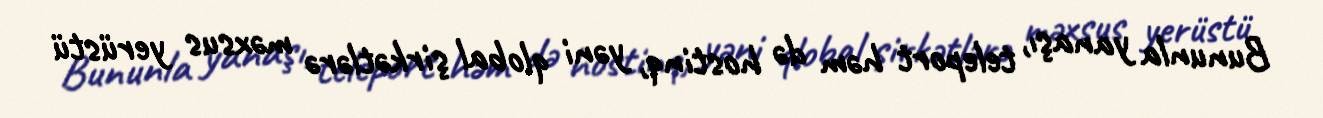
Bununla yanaşı, teleport həm də hostinq, yəni qlobal şirkətlərə məxsus yerüstü